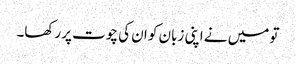
تو میں نے اپنی زبان کو ان کی چوت پر رکھا۔